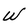
Character: W